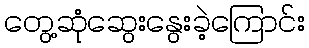
တွေ့ဆုံဆွေးနွေးခဲ့ကြောင်း